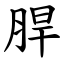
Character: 䏷